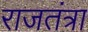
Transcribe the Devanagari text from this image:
राजतंत्रा